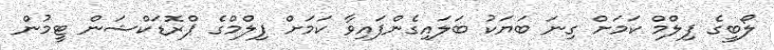
ލޯބީގެ ފިލްމް ކަމަށް ގިނަ ބަޔަކު ބަލައިގެންފައިވާ ކަމަށް ފިލްމްގެ ޕްރޮޑަކްޝަން ޓީމުން